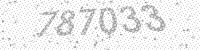
Solution: 787033